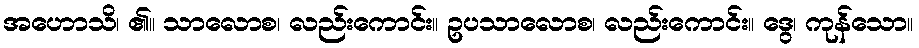
အဟောသိ၊ ၏။ သာလောစ၊ လည်းကောင်း။ ဥပသာလောစ၊ လည်းကောင်း။ ဒွေ၊ ကုန်သော။